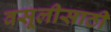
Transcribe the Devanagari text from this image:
वसूलीसाठी